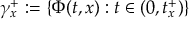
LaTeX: \gamma _ { x } ^ { + } : = \{ \Phi ( t , x ) : t \in ( 0 , t _ { x } ^ { + } ) \}